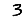
Digit: 3